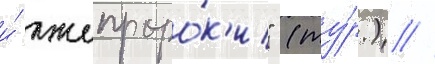
и́ лжепроро́к'и" (ту́р.) //